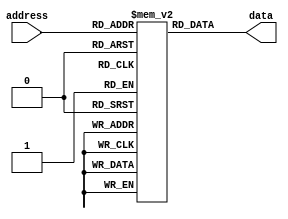
module otp_rom (
    input [address_width-1:0] address,
    output reg data
);

// Define parameters
parameter address_width = 8; // Number of address bits
parameter data_width = 1; // Number of data bits

// Define memory array
reg [data_width-1:0] memory [0:255]; // 256 memory cells

// Initialize memory with pre-defined data
initial begin
    memory[0] = 1'b0;
    memory[1] = 1'b1;
    // Add more initializations as needed
end

// Read data from memory based on address
always @ (address) begin
    data = memory[address];
end

endmodule